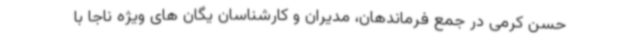
حسن کرمی در جمع فرماندهان، مدیران و کارشناسان یگان های ویژه ناجا با